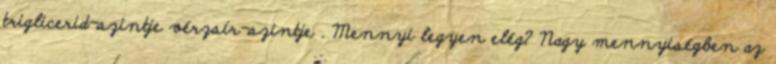
triglicerid-szintje vérzsír-szintje . Mennyi legyen elég? Nagy mennyiségben az